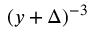
\left( y + \Delta \right) ^ { - 3 }